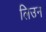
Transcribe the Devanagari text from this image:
लिउन